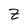
Character: Z